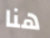
هنا